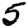
Digit: 5